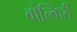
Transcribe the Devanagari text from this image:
वोल्किरी